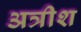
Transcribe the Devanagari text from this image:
अत्रीश